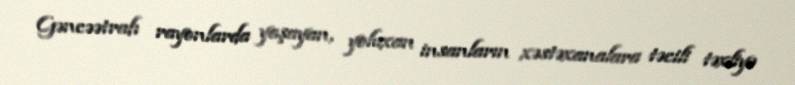
Gəncəətrafı rayonlarda yaşayan, yoluxan insanların xəstəxanalara təcili təxliyə